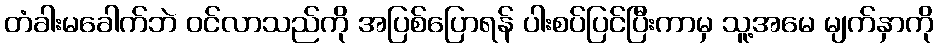
တံခါးမခေါက်ဘဲ ဝင်လာသည်ကို အပြစ်ပြောရန် ပါးစပ်ပြင်ပြီးကာမှ သူ့အမေ မျက်နှာကို